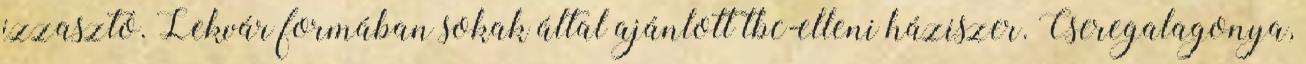
izzasztó. Lekvár formában sokak által ajánlott tbc-elleni háziszer. Cseregalagonya,